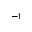
^ { - 1 }